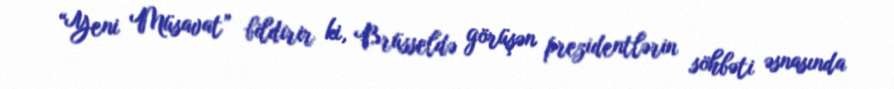
“Yeni Müsavat” bildirir ki, Brüsseldə görüşən prezidentlərin söhbəti əsnasında